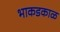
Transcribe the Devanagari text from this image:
भाकडकाळ